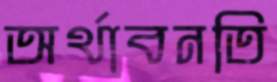
অর্থাবনতি